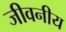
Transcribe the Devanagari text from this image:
जीवनीय